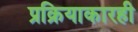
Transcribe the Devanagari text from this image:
प्रक्रियाकारही